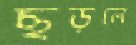
ছড়লে